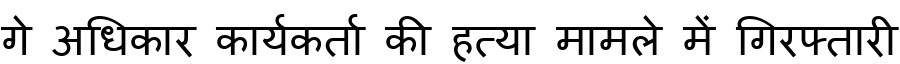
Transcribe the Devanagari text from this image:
गे अधिकार कार्यकर्ता की हत्या मामले में गिरफ्तारी